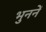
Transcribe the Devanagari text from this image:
भुननें